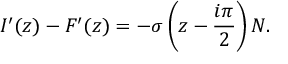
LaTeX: I ^ { \prime } ( z ) - F ^ { \prime } ( z ) = - \sigma \left( z - \frac { i \pi } { 2 } \right) N .